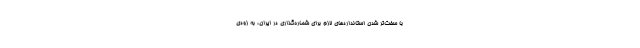
با سخت‌تر شدن استانداردهای لازم برای شماره‌گذاری در ایران، به زودی